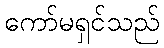
ကော်မရှင်သည်